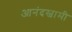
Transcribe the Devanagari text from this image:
आनंदस्वामी